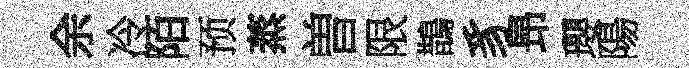
余冷陌预蒸曽限鵲豸昻瓔陽